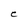
Character: C